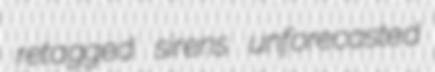
retagged sirens unforecasted